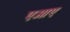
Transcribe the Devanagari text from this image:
एओए